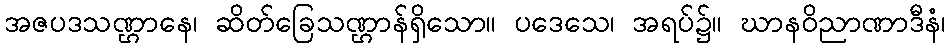
အဇပဒသဏ္ဌာနေ၊ ဆိတ်ခြေသဏ္ဌာန်ရှိသော။ ပဒေသေ၊ အရပ်၌။ ဃာနဝိညာဏာဒီနံ၊